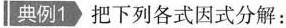
典例1 把下列各式因式分解：